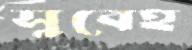
সুবেহ